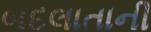
બદલાતાની